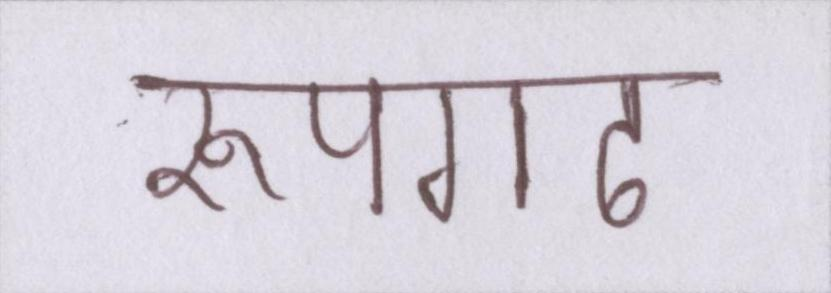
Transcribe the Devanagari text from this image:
रूपगढ